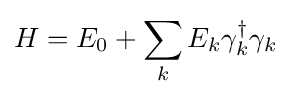
H=E_{0}+\sum _{k}E_{k}\gamma _{k}^{\dagger }\gamma _{k}